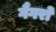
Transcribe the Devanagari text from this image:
गैंगरों